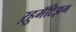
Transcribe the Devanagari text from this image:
ऱ्हुमॅटिझम